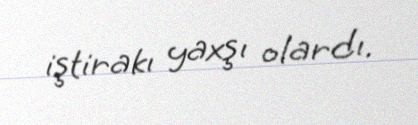
iştirakı yaxşı olardı.